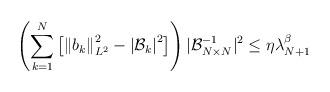
LaTeX: \begin{align*} \left(\sum_{k=1}^N\left[\left\|b_k \right\|^2_{L^2} - \left| \mathcal{B}_k\right|^2 \right] \right) \lvert \mathcal B_{N\times N}^{-1} \rvert^2\leq \eta \lambda_{N+1}^{\beta} \end{align*}